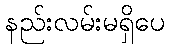
နည်းလမ်းမရှိပေ